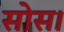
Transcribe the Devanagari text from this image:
सोस।